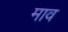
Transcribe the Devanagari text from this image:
माव